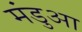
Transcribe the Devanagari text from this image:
मंडुआ